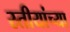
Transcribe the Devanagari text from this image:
स्र्तीयांच्या